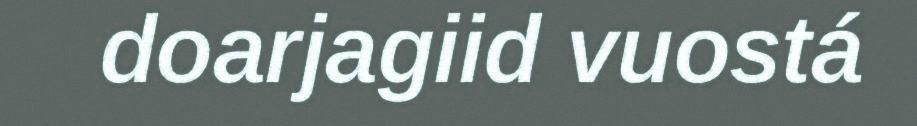
doarjagiid vuostá